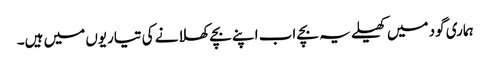
ہماری گود میں کھیلے یہ بچے اب اپنے بچے کھلانے کی تیاریوں میں ہیں۔